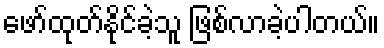
ဖော်ထုတ်နိုင်ခဲ့သူ ဖြစ်လာခဲ့ပါတယ်။